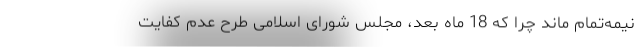
نیمه‌تمام ماند چرا که 18 ماه بعد، مجلس شورای اسلامی طرح عدم کفایت